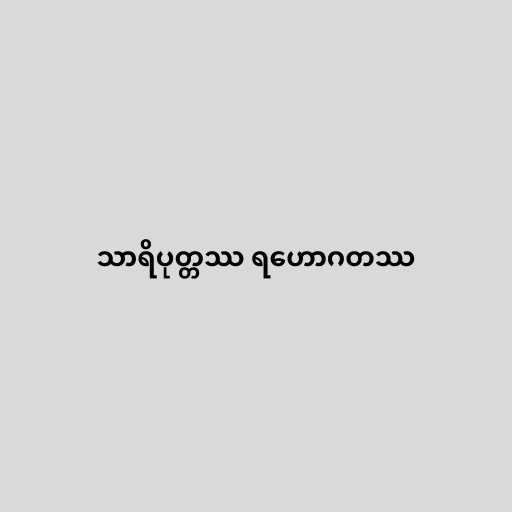
သာရိပုတ္တဿ ရဟောဂတဿ